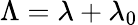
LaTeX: \Lambda=\lambda+\lambda_{0}